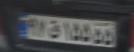
۹۸ق۱۵۵۵۵